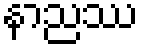
နာညဿ